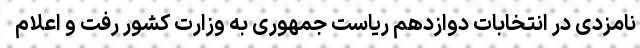
نامزدی در انتخابات دوازدهم ریاست جمهوری به وزارت کشور رفت و اعلام